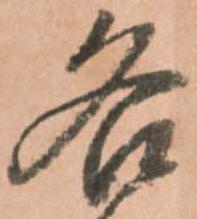
各